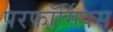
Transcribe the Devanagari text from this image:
परफॉर्मिक्स